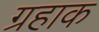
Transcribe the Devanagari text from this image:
ग्रहाक